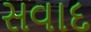
સવાદ